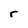
Character: r